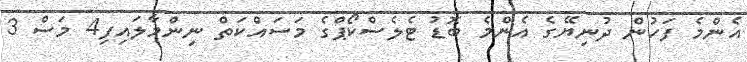
އެންމެ ފަހުން ދުނިޔޭގެ އެންމެ ބޮޑު ޓެލެސްކޯޕްގެ މަސައްކަތް ނިންމާލައިފި4 މަސް 3